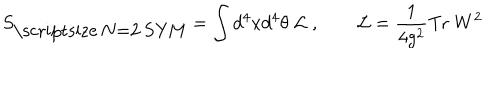
S _ { \mathrm { \scriptsize ~ N = 2 ~ S Y M } } = \int d ^ { 4 } x d ^ { 4 } \theta \; { \cal L } \; , \qquad { \cal L } = \frac { 1 } { 4 g ^ { 2 } } \mathrm { T r } \; W ^ { 2 }